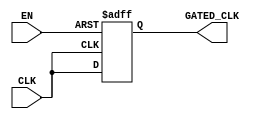
module clock_gating (
    input wire CLK,        // Primary clock signal
    input wire EN,         // Enable signal for clock gating
    output reg GATED_CLK   // Gated clock output
);

// Always block to manage the gated clock
always @(posedge CLK or negedge EN) begin
    if (!EN) begin
        GATED_CLK <= 1'b0; // Disable clock when EN is low
    end else begin
        GATED_CLK <= CLK;   // Pass through the clock when EN is high
    end
end

endmodule